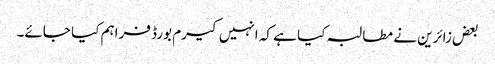
بعض زائرین نے مطالبہ کیا ہے کہ انہیں کیرم بورڈ فراہم کیا جائے۔